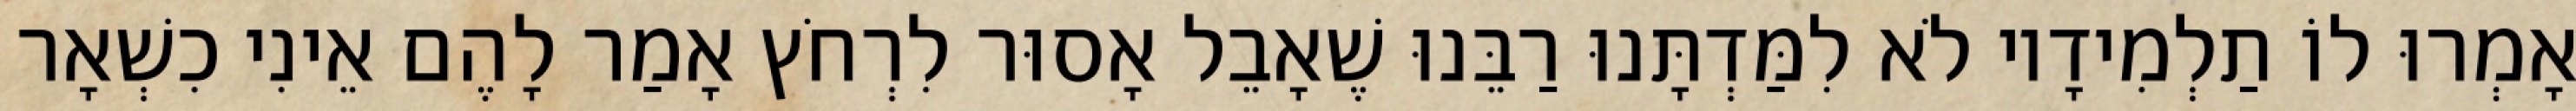
אָמְרוּ לוֹ תַלְמִידָיו לֹא לִמַּדְתָּנוּ רַבֵּנוּ שֶׁאָבֵל אָסוּר לִרְחֹץ אָמַר לָהֶם אֵינִי כִשְׁאָר